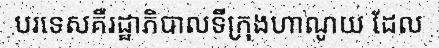
បរទេសគឺរដ្ឋាភិបាលទីក្រុងហាណូយ ដែល